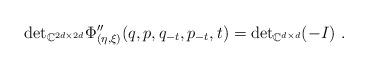
LaTeX: \begin{align*}{\rm det}_{\mathbb{C}^{2d\times 2d}}\Phi''_{(\eta,\xi)}(q,p,q_{-t},p_{-t},t)={\rm det}_{\mathbb{C}^{d\times d}}(-I) \ .\end{align*}